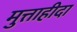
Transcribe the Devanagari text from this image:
मुत्ताहीदा